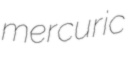
mercuric